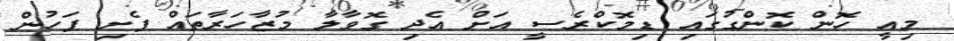
މިއީ ހޮން ކޮންގުގައި ޑިމޮކްރެސީ އަށް އެދި ގޮވާލާ މުޒާހަރާތައް ފެށި ފަހުން